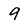
Character: 9